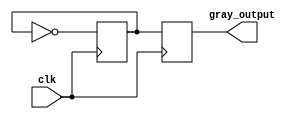
module gray_counter (
    input wire clk,
    output reg [3:0] gray_output
);

reg [3:0] flipflop [0:3];
reg [3:0] gray_temp;

always @ (posedge clk) begin
    flipflop[0] <= ~flipflop[0];
    flipflop[1] <= flipflop[0] ^ flipflop[1];
    flipflop[2] <= flipflop[1] ^ flipflop[2];
    flipflop[3] <= flipflop[2] ^ flipflop[3];
    
    gray_temp <= {flipflop[3], flipflop[2], flipflop[1], flipflop[0]};
end

assign gray_output = gray_temp;

endmodule